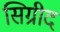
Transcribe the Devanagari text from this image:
सिग्रीद